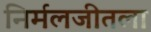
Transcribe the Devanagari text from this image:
निर्मलजीतला